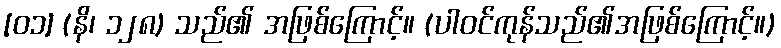
[၀၁] (နိ၊ ၁၂၈) သည်၏ အဖြစ်ကြောင့်။ (ပါဝင်ကုန်သည်၏အဖြစ်ကြောင့်။)